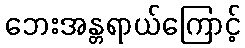
ဘေးအန္တရာယ်ကြောင့်